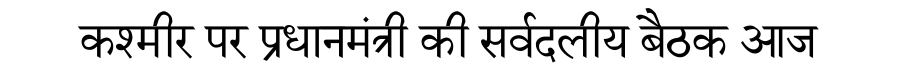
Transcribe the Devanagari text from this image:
कश्मीर पर प्रधानमंत्री की सर्वदलीय बैठक आज